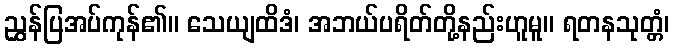
ညွှန်ပြအပ်ကုန်၏။ သေယျထိဒံ၊ အဘယ်ပရိတ်တို့နည်းဟူမူ။ ရတနသုတ္တံ၊